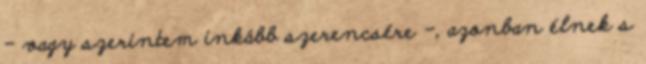
- vagy szerintem inkább szerencsére -, azonban élnek s